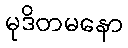
မုဒိတမနော